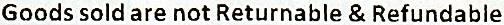
GOODS SOLD ARE NOT RETURNABLE & REFUNDABLE